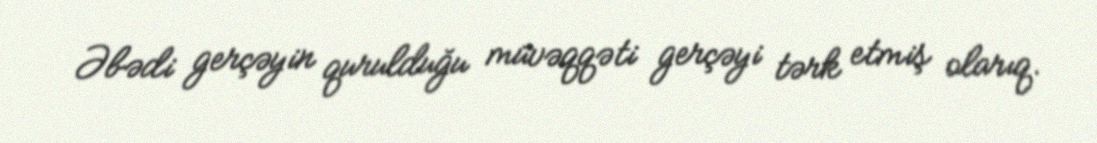
Əbədi gerçəyin qurulduğu müvəqqəti gerçəyi tərk etmiş olarıq.